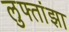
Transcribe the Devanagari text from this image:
लुफ्तांझा